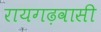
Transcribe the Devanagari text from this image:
रायगढ़वासी